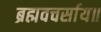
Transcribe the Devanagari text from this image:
ब्रह्मवचर्साय॥